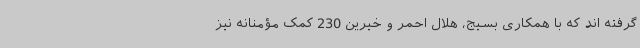
گرفته اند که با همکاری بسیج، هلال احمر و خیرین 230 کمک مؤمنانه نیز